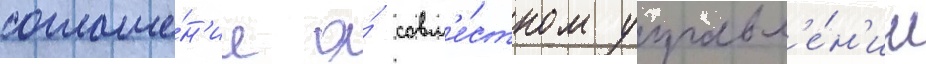
соглаше́н'ие о́ совм'е́стном управл'е́н'ии